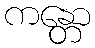
ကန္တော